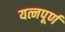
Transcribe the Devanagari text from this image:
यत्नपूर्ण